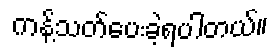
ကန့်သတ်ပေးခဲ့ရပါတယ်။